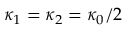
\kappa _ { 1 } = \kappa _ { 2 } = \kappa _ { 0 } / 2